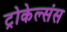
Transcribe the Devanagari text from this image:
ट्रोकेल्संस